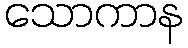
သောကာန